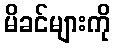
မိခင်များကို